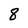
Character: 8